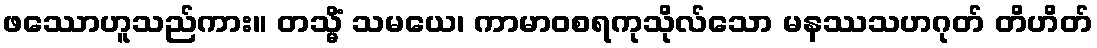
ဖဿောဟူသည်ကား။ တသ္မိံ သမယေ၊ ကာမာဝစရကုသိုလ်သော မနဿသဟဂုတ် တိဟိတ်